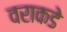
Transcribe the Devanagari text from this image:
वराकडे